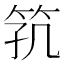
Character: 𬔸